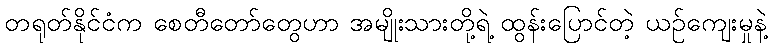
တရုတ်နိုင်ငံက စေတီတော်တွေဟာ အမျိုးသားတို့ရဲ့ ထွန်းပြောင်တဲ့ ယဉ်ကျေးမှုနဲ့